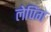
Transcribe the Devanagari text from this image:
लेपिंग